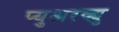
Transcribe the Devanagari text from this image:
प्युअरव्ह्यु